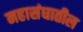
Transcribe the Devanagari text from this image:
महासंघातील